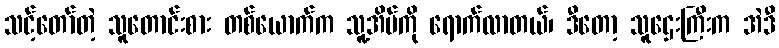
သင့်တော်တဲ့ သူတောင်းစား တစ်ယောက်က သူ့အိမ်ကို ရောက်လာတယ်၊ ဒီတော့ သူဌေးကြီးက အဲဒီ